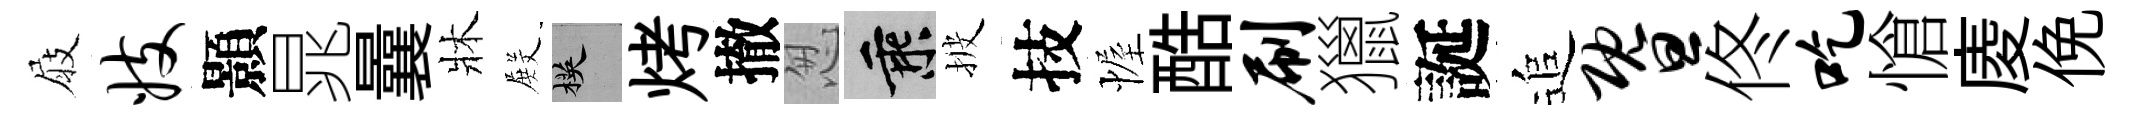
屐妓顥晁曩牀𭮺楧烤撤怱乘披技幄酷刷獵誕追暨佟吃愴庱俛